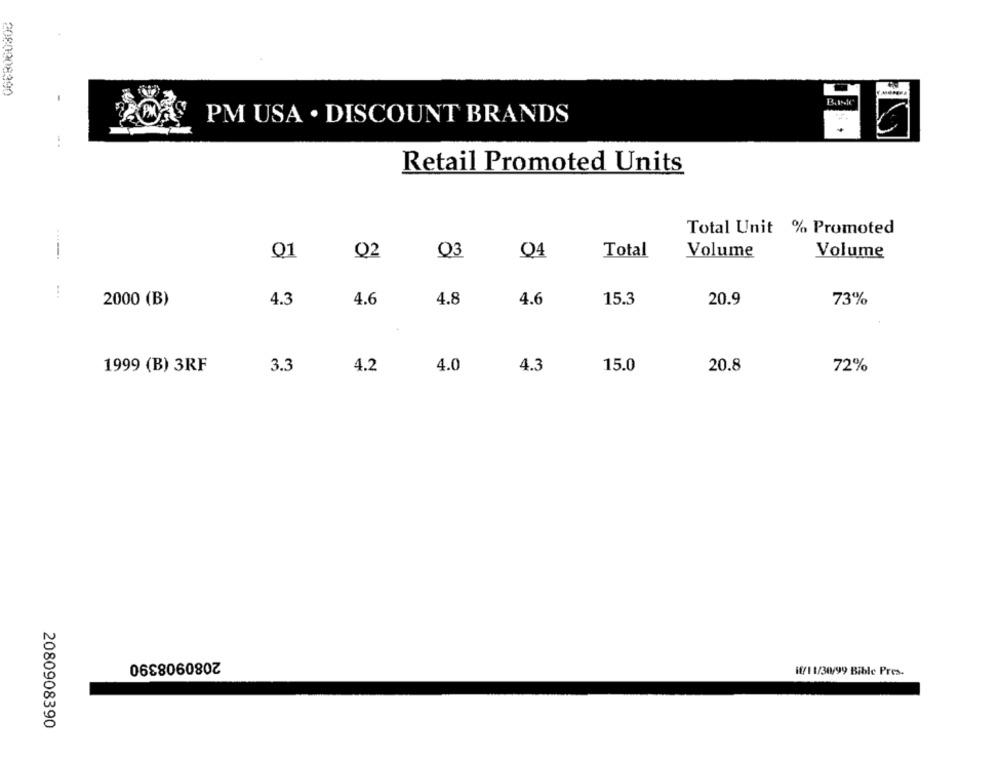
PM USA . DISCOUNT BRANDS
Retail Promoted Units
Total Unit % Promoted
Q1
Q2
Q3
Q4
Total
Volume
Volume
2000 (B)
4.3
4.6
4.8
4.6
15.3
20.9
73%
1999 (B) 3RF
3.3
4.2
4.0
4.3
15.0
20.8
72%
2080908390
if/11/30/99 Bible Pres.
2080908390